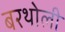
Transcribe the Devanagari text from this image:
बरथोली